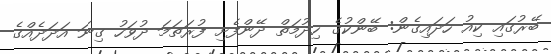
ބޭރުގައި ކިއު ހަދައިގެން: ބޭންކުގެ ހިދުމަތް ދޭންފެށި ފުރަތަމަ ދުވަހު ގިނަ އަދަދެއްގެ